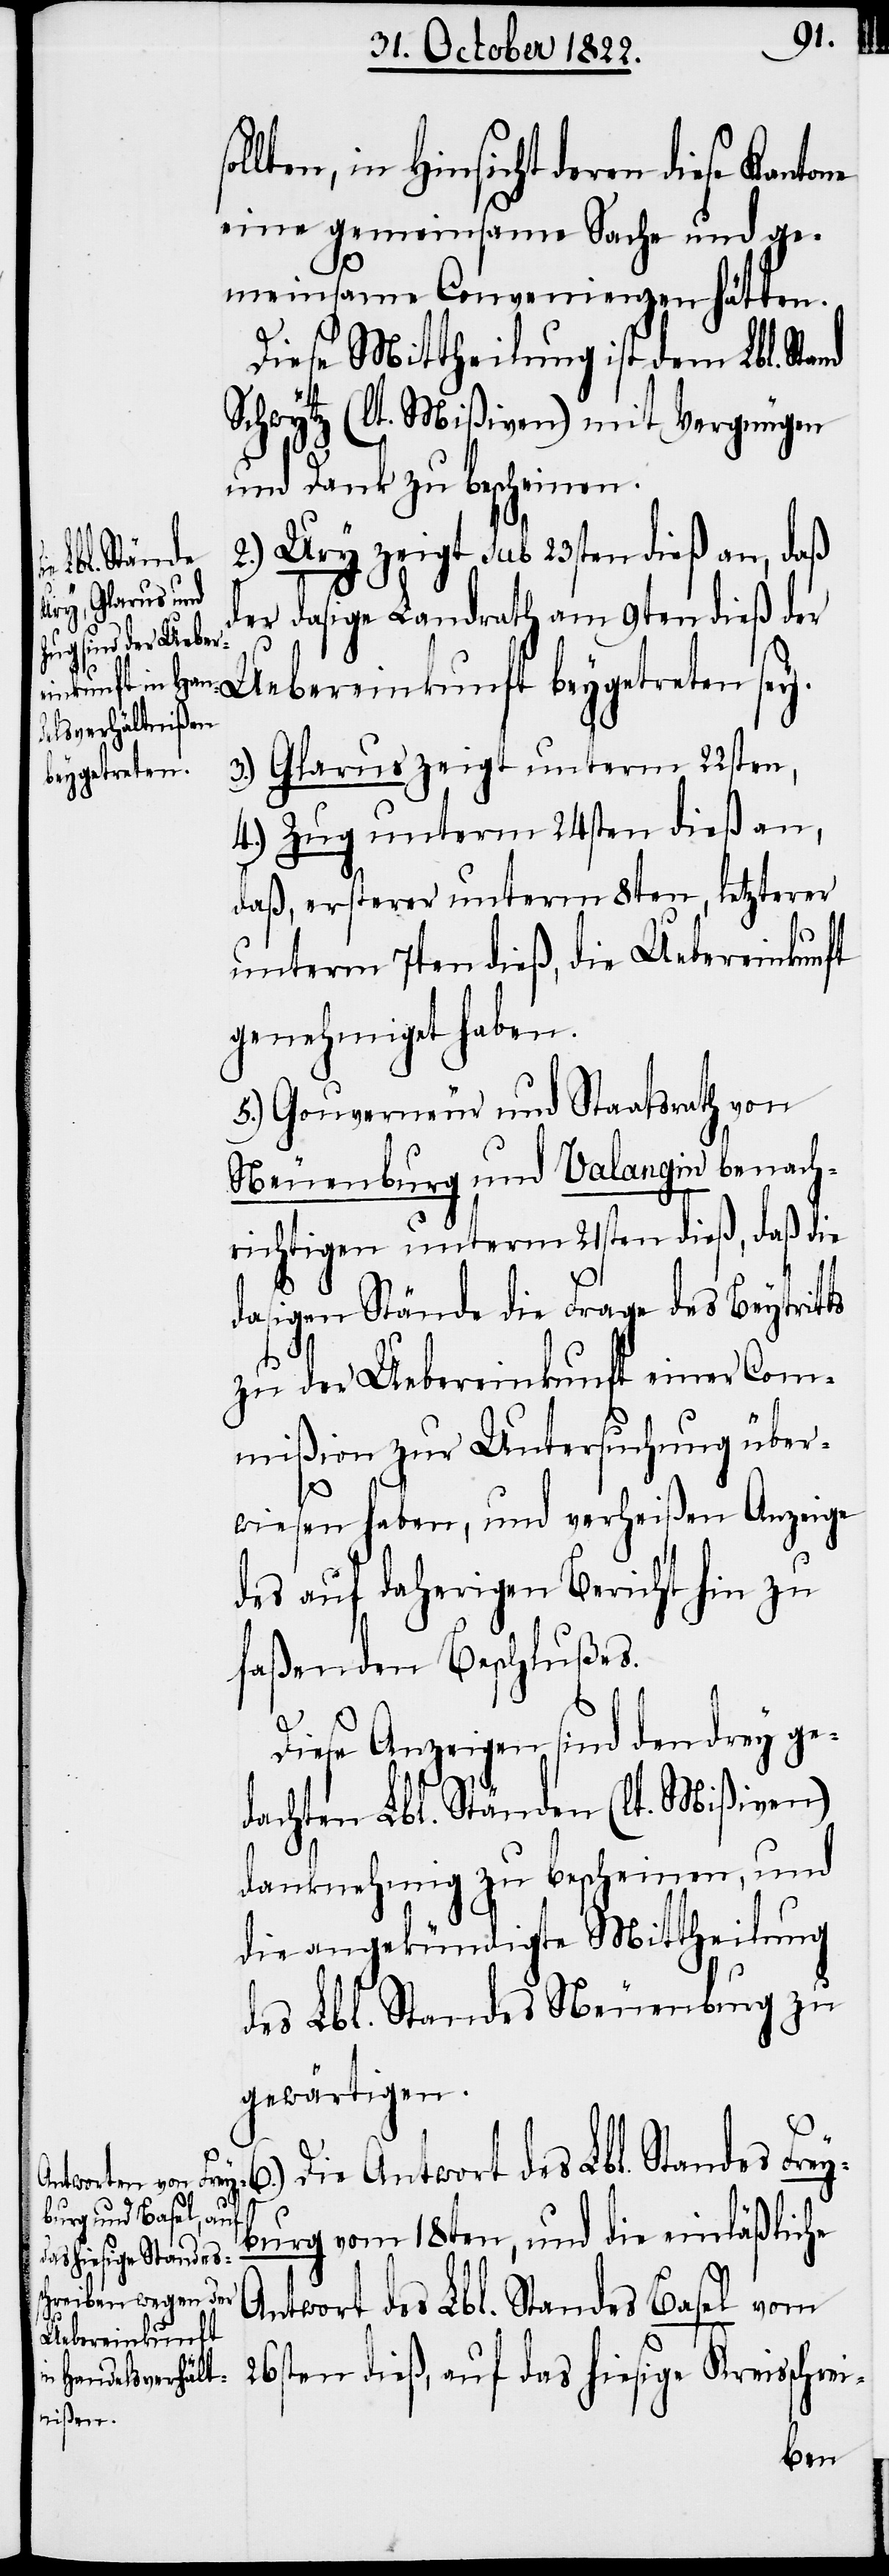
in Hinsicht deren diese Kanto¬
eine gemeinsame Sache und ge¬
meinsame Convenienzen hätten.
Diese Mittheilung ist dem Lbl. Sta¬
Schwytz (lt. Mißiven) mit Vergnügen
und Dank zu bescheinen.
2.) Ury zeigt sub 23sten dieß an, daß
der dasige Landrath am 9ten dieß der
Glarus zeigt unterm 22sten,
beygetreten
3.)
4.) Zug unterm 24sten dieß an,
daß, ersterer unterm 8ten, letzterer
unterm 7ten dieß, die Uebereinkunft
genehmiget haben.
5.) Gouverneur und Staatsrath von
Neuenburg und Valangin benach¬
richtigen unterm 21sten dieß, daß die
dasigen Stände die Frage des Beytritts
zu der Ubereinkunft einer Com¬
mißion zur Untersuchung über¬
wiesen haben, und verheißen Anzeige
des auf daherigen Bericht hin zu
faßenden Beschlußes.
Diese Anzeigen sind den drey ge¬
dachten Lbl. Ständen (lt. Mißiven)
danknehmig zu bescheinen, und
die angekündigte Mittheilung
des Lbl. Standes Neuenburg zu
gewärtigen.
6.) Die Antwort des Lbl. Standes Frey¬
burg vom 18ten, und die einläßliche
Antwort des Lbl. Standes Basel vom
Uebereinkunft
26sten dieß, auf das hiesige Kreisschre¬

i-